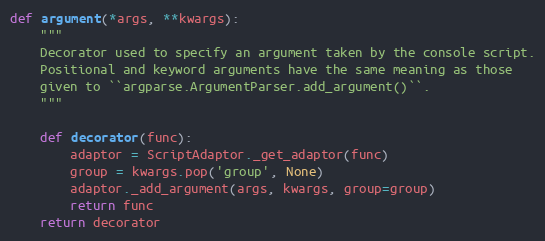
Language: Python
def argument(*args, **kwargs):
    """
    Decorator used to specify an argument taken by the console script.
    Positional and keyword arguments have the same meaning as those
    given to ``argparse.ArgumentParser.add_argument()``.
    """

    def decorator(func):
        adaptor = ScriptAdaptor._get_adaptor(func)
        group = kwargs.pop('group', None)
        adaptor._add_argument(args, kwargs, group=group)
        return func
    return decorator